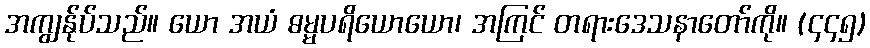
အကျွန်ုပ်သည်။ ယော အယံ ဓမ္မပရိယောယော၊ အကြင် တရားဒေသနာတော်ကို။ (၄၄၅)